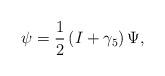
LaTeX: \begin{align*}\psi =\frac{1}{2}\left( I+\gamma _{5}\right) \Psi , \end{align*}